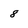
Character: 8